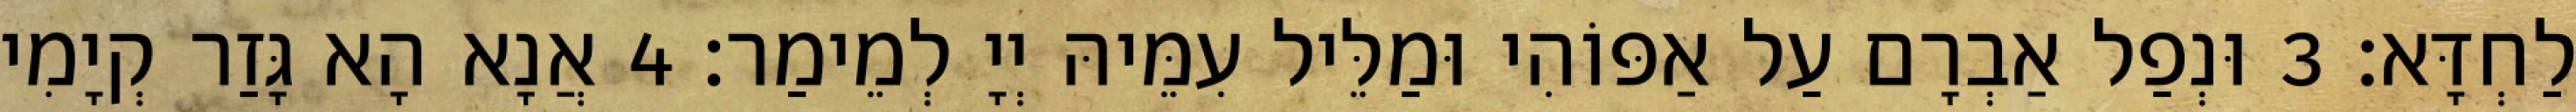
לַחְדָּא׃ 3 וּנְפַל אַבְרָם עַל אַפּוֹהִי וּמַלֵּיל עִמֵּיהּ יְיָ לְמֵימַר׃ 4 אֲנָא הָא גָּזַר קְיָמִי